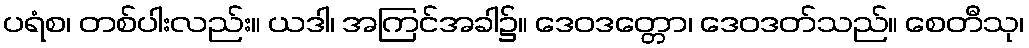
ပရံစ၊ တစ်ပါးလည်း။ ယဒါ၊ အကြင်အခါ၌။ ဒေဝဒတ္တော၊ ဒေဝဒတ်သည်။ စေတီသု၊